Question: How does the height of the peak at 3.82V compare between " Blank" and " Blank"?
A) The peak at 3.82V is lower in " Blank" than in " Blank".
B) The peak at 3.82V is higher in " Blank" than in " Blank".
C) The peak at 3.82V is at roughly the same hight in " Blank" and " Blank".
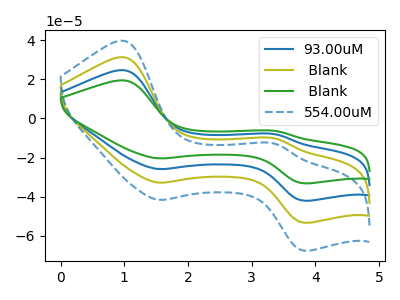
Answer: <think>The blue curve "93.00uM" has anodic peaks at (1.00V, 62.70uA) (3.35V, -20.55uA) and cathodic peaks at (1.55V, -65.65uA) (3.80V, -106.70uA). The olive curve " Blank" has anodic peaks at (1.00V, 31.35uA) (3.35V, -10.30uA) and cathodic peaks at (1.55V, -32.85uA) (3.80V, -53.35uA). The green curve " Blank" has anodic peaks at (1.00V, 94.10uA) (3.35V, -30.85uA) and cathodic peaks at (1.55V, -98.50uA) (3.80V, -160.10uA). The blue dashed curve "554.00uM" has anodic peaks at (1.00V, 39.75uA) (3.35V, -13.05uA) and cathodic peaks at (1.55V, -41.65uA) (3.80V, -67.65uA).</think>
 <answer>B) The peak at 3.82V is higher in " Blank" than in " Blank".</answer>
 <eval>B</eval>